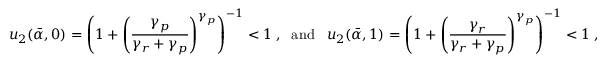
u _ { 2 } ( \bar { \alpha } , 0 ) = \left( 1 + \left( \frac { \gamma _ { p } } { \gamma _ { r } + \gamma _ { p } } \right) ^ { \gamma _ { p } } \right) ^ { - 1 } < 1 \; , \; \; { \mathrm { a n d } } \; \; \; u _ { 2 } ( \bar { \alpha } , 1 ) = \left( 1 + \left( \frac { \gamma _ { r } } { \gamma _ { r } + \gamma _ { p } } \right) ^ { \gamma _ { p } } \right) ^ { - 1 } < 1 \; ,